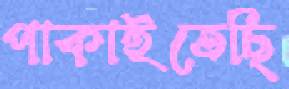
পাকাইতেছি